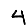
Digit: 4